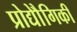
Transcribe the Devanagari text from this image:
प्रोद्यौेगिकी